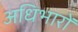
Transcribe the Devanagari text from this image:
अधिभारों